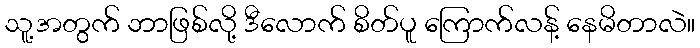
သူ့အတွက် ဘာဖြစ်လို့ ဒီလောက် စိတ်ပူ ကြောက်လန့် နေမိတာလဲ။